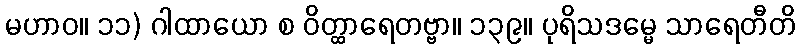
မဟာဝ။ ၁၁) ဂါထာယော စ ဝိတ္ထာရေတဗ္ဗာ။ ၁၃၉။ ပုရိသဒမ္မေ သာရေတီတိ